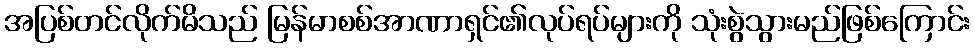
အပြစ်တင်လိုက်မိသည် မြန်မာစစ်အာဏာရှင်၏လုပ်ရပ်များကို သုံးစွဲသွားမည်ဖြစ်ကြောင်း